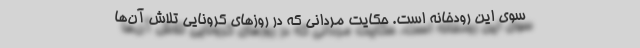
سوی این رودخانه است. حکایت مردانی که در روز‌های کرونایی تلاش آن‌ها